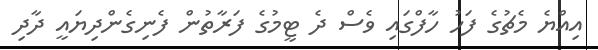
އިއްޔެ މެޗުގެ ފަހު ހާފްގައި ވެސް ދެ ޓީމުގެ ފަރާތުން ފެނިގެންދިޔައީ ދާދި